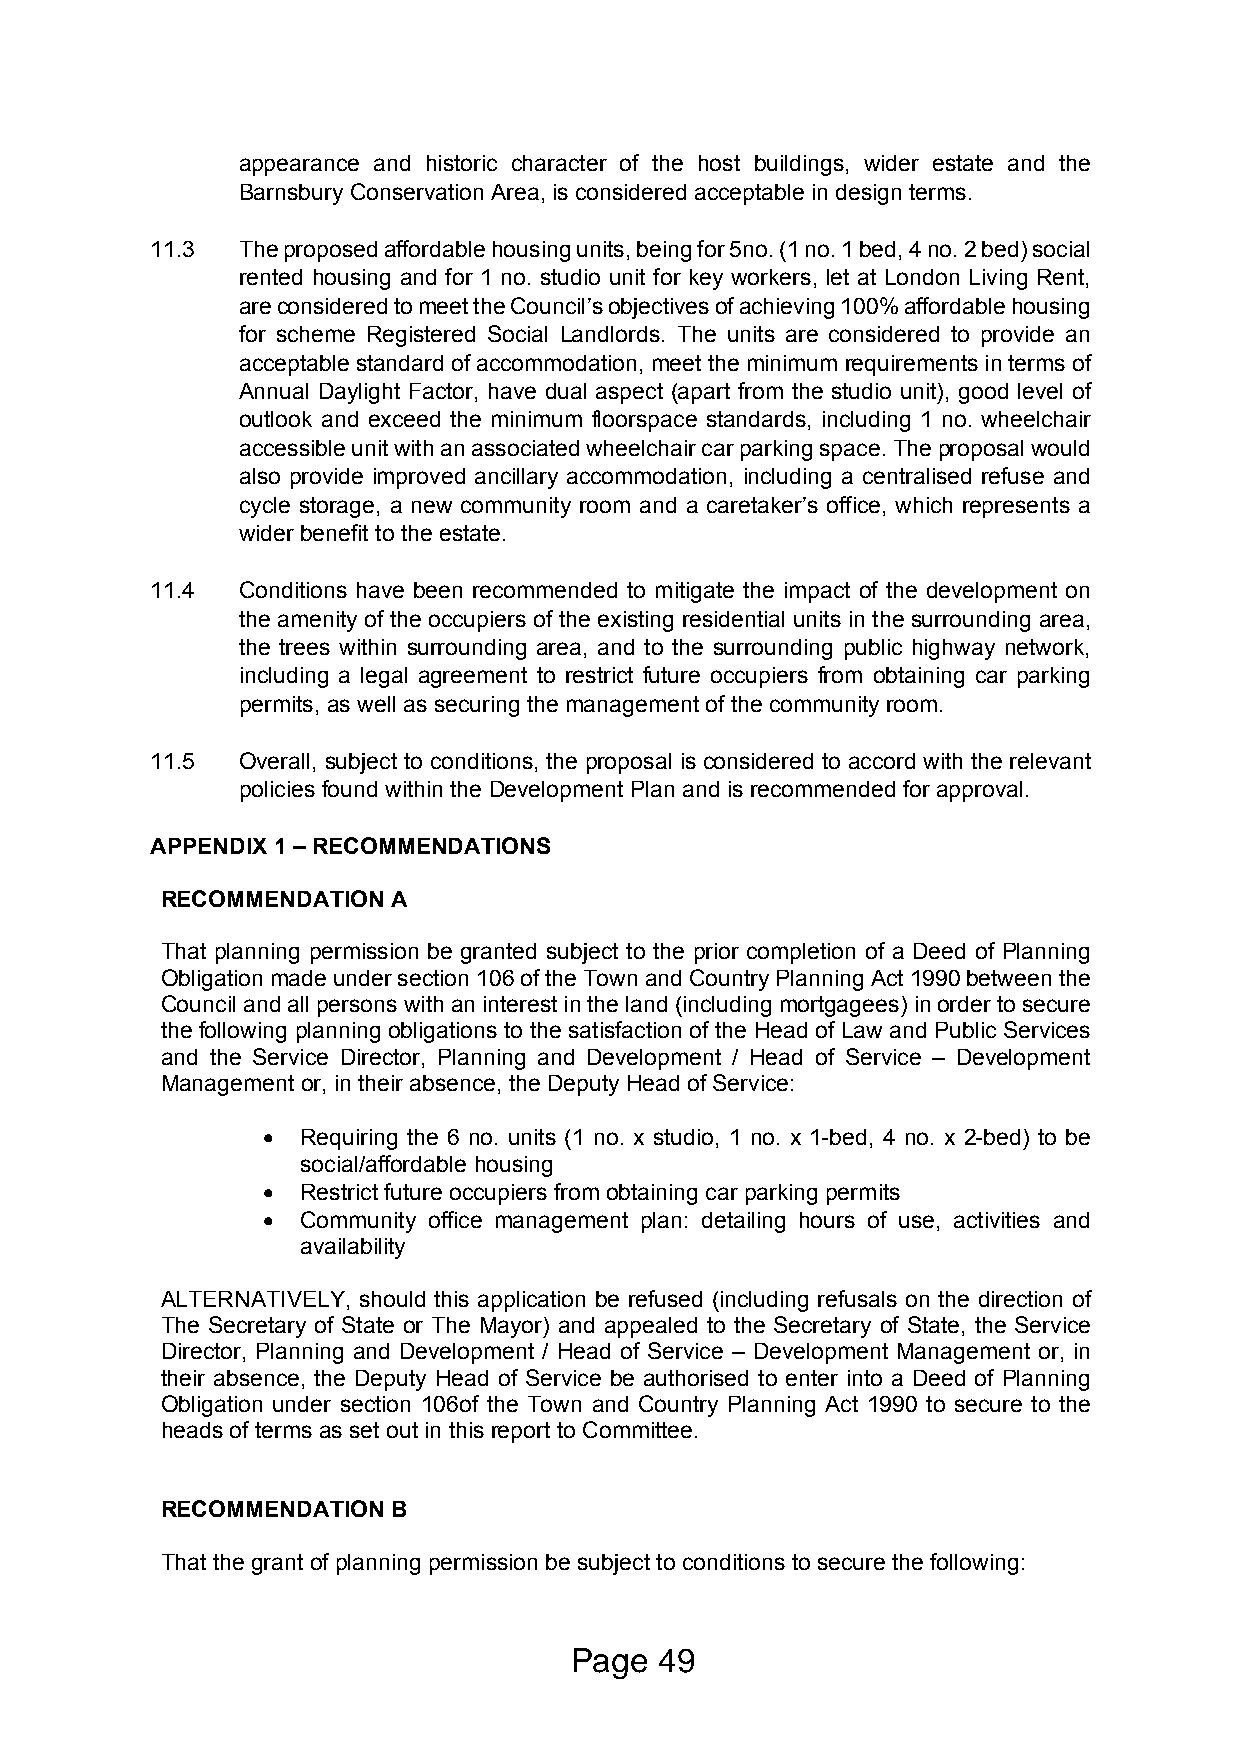
appearance and historic character of the host buildings, wider estate and the
 Barnsbury Conservation Area, is considered acceptable in design terms.
 11.3  The proposed affordable housing units, being for 5no. (1 no. 1 bed, 4 no. 2 bed) social
 rented housing and for 1 no. studio unit for key workers, let at London Living Rent,
 are considered to meet the Council’s objectives of achieving 100% affordable housing
 for scheme Registered Social Landlords. The units are considered to provide an
 acceptable standard of accommodation, meet the minimum requirements in terms of
 Annual Daylight Factor, have dual aspect (apart from the studio unit), good level of
 outlook and exceed the minimum floorspace standards, including 1 no. wheelchair
 accessible unit with an associated wheelchair car parking space. The proposal would
 also provide improved ancillary accommodation, including a centralised refuse and
 cycle storage, a new community room and a caretaker’s office, which represents a
 wider benefit to the estate.
 11.4  Conditions have been recommended to mitigate the impact of the development on
 the amenity of the occupiers of the existing residential units in the surrounding area,
 the trees within surrounding area, and to the surrounding public highway network,
 including a legal agreement to restrict future occupiers from obtaining car parking
 permits, as well as securing the management of the community room.
 11.5  Overall, subject to conditions, the proposal is considered to accord with the relevant
 policies found within the Development Plan and is recommended for approval.
 APPENDIX 1 – RECOMMENDATIONS
 RECOMMENDATION A
 That planning permission be granted subject to the prior completion of a Deed of Planning
 Obligation made under section 106 of the Town and Country Planning Act 1990 between the
 Council and all persons with an interest in the land (including mortgagees) in order to secure
 the following planning obligations to the satisfaction of the Head of Law and Public Services
 and the Service Director, Planning and Development / Head of Service – Development
 Management or, in their absence, the Deputy Head of Service:
   Requiring the 6 no. units (1 no. x studio, 1 no. x 1-bed, 4 no. x 2-bed) to be
 social/affordable housing
   Restrict future occupiers from obtaining car parking permits
   Community office management plan: detailing hours of use, activities and
 availability
 ALTERNATIVELY, should this application be refused (including refusals on the direction of
 The Secretary of State or The Mayor) and appealed to the Secretary of State, the Service
 Director, Planning and Development / Head of Service – Development Management or, in
 their absence, the Deputy Head of Service be authorised to enter into a Deed of Planning
 Obligation under section 106of the Town and Country Planning Act 1990 to secure to the
 heads of terms as set out in this report to Committee.
 RECOMMENDATION B
 That the grant of planning permission be subject to conditions to secure the following:
 Page  49